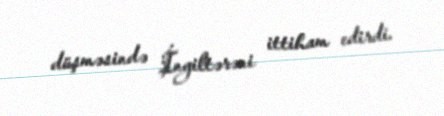
düşməsində İngiltərəni ittiham edirdi.